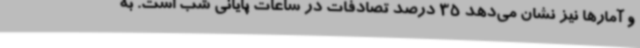
و آمارها نیز نشان می‌دهد 35 درصد تصادفات در ساعات پایانی شب است. به